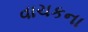
વાચકના